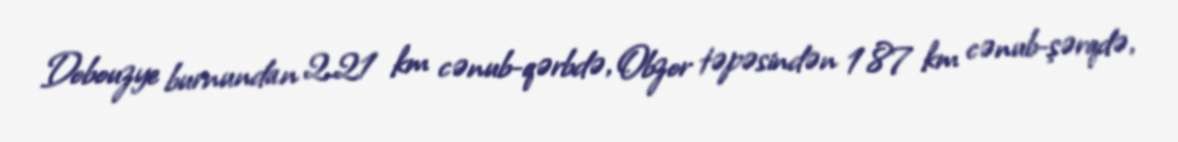
Dobouzye burnundan 2.21 km cənub-qərbdə, Obzor təpəsindən 1.87 km cənub-şərqdə,